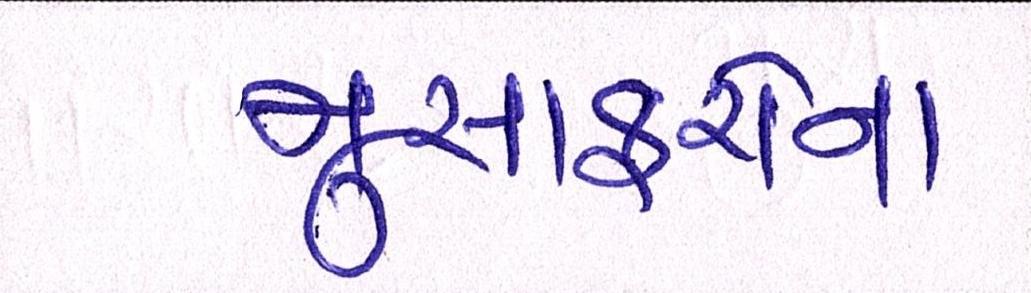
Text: મુસાફરોના